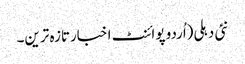
نئی دہلی(اُردو پوائنٹ اخبارتازہ ترین۔